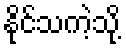
နိုင်သကဲ့သို့